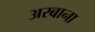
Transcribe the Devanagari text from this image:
अरबाना